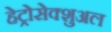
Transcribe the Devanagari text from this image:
हेट्रोसेक्शुअल